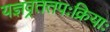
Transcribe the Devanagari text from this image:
यज्ञव्रततपःक्रियाः